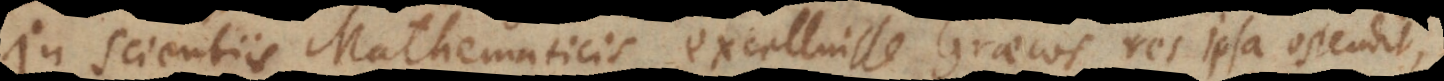
In Scientiis Mathematicis excelluisse Graecos res ipsa ostendit,